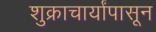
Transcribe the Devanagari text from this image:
शुक्राचार्यांपासून